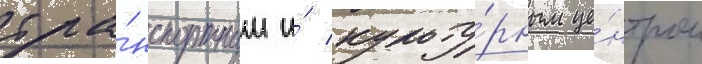
тра́нспортным и́ культу́рным це́нтром